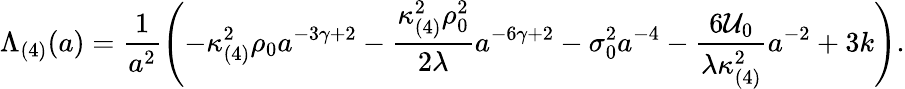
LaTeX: \Lambda_{(4)}(a)=\frac{1}{a^{2}}\left(-\kappa_{(4)}^{2}\rho_{0}a^{-3\gamma+2}-\frac{\kappa_{(4)}^{2}\rho_{0}^{2}}{2\lambda}a^{-6\gamma+2}-\sigma_{0}^{2}a^{-4}-\frac{6{\cal U}_{0}}{\lambda\kappa_{(4)}^{2}}a^{-2}+3k\right).